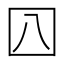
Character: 𡆦